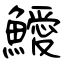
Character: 鱫